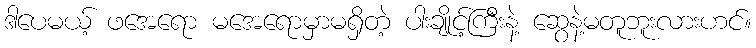
ဒါပေမယ့် ဖအေရော မအေရောမှာမရှိတဲ့ ပါးချိုင့်ကြီးနဲ့ ဆွေနဲ့မတူဘူးလားဟင်။